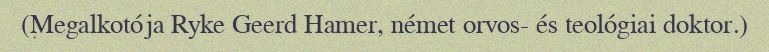
(Megalkotója Ryke Geerd Hamer, német orvos- és teológiai doktor.)